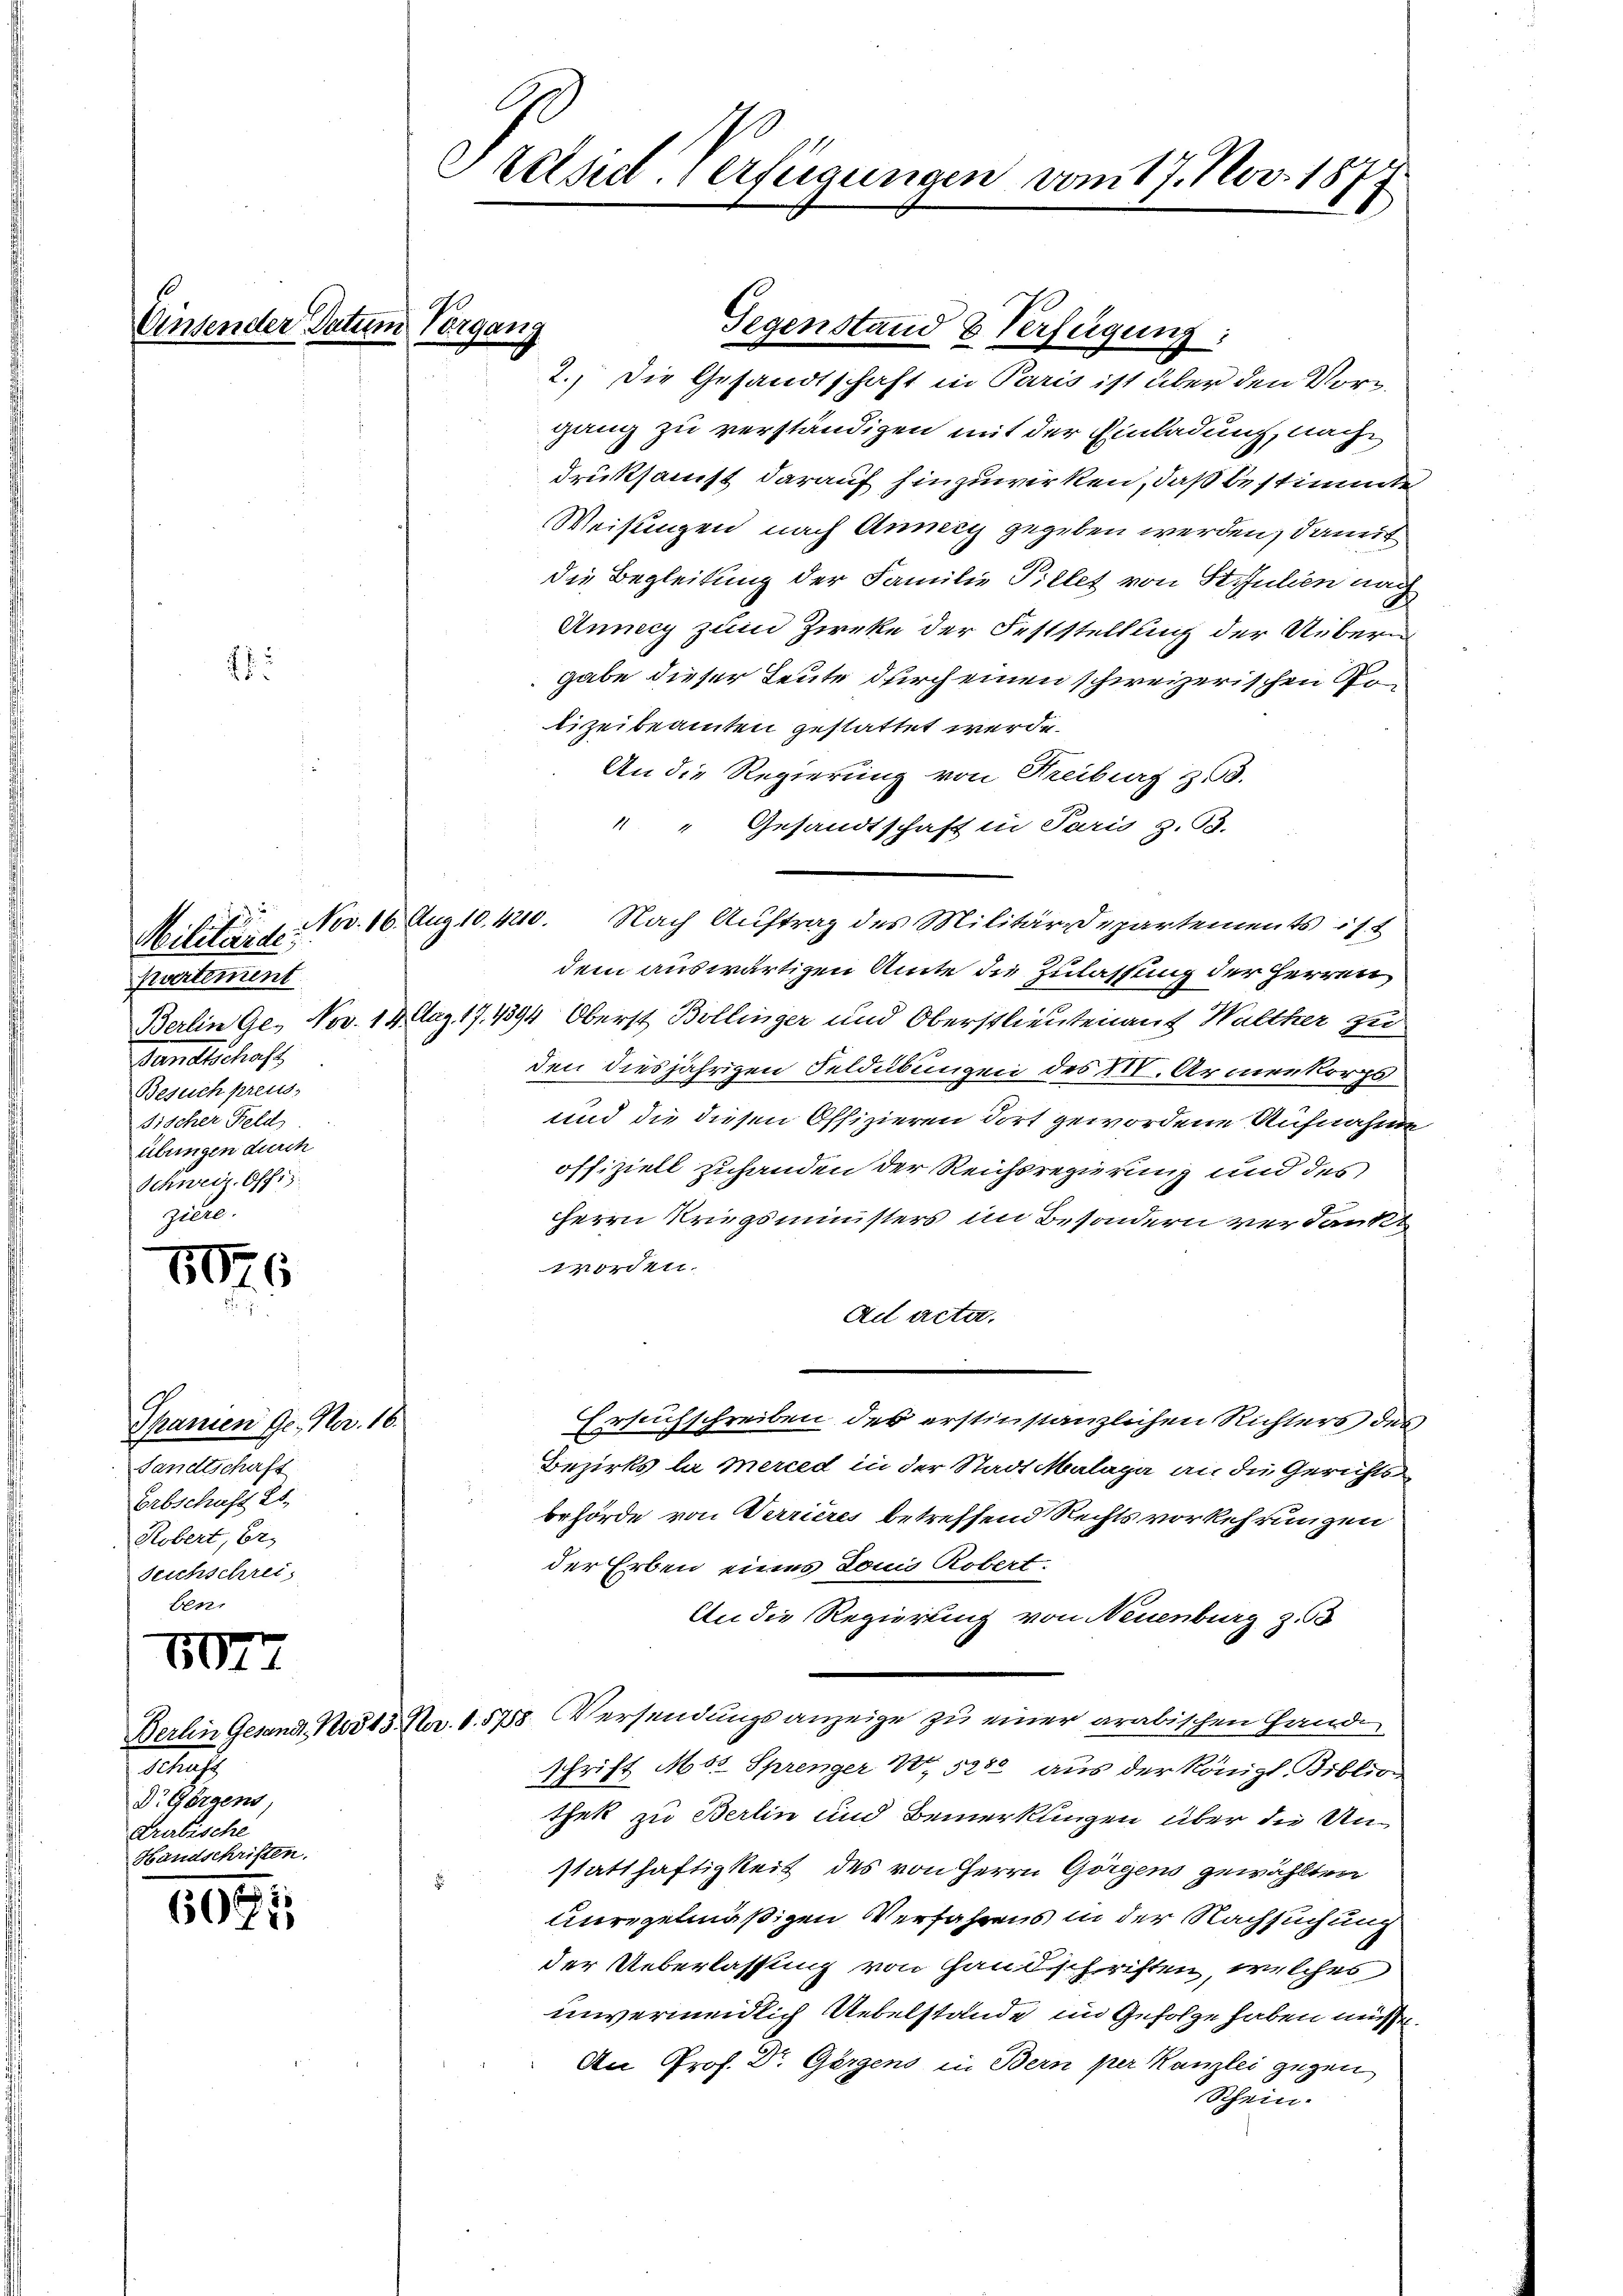
Einsender So

:

Kartement
Gandtschaf
Besuch preus,
Fischer Feld
übungen durch
Schweiz. Offiz
giete.

1076

Spanien Ge- No. 16.
Sandtschaft
Erbschaft 26.
Kobert, Er
Seichschrei
ben.

8077

M
Dr. Horgens,
Drabische
Handschriften.

6081

Sräsid. Verfügungen vom 17. Nov. 187

2.) Die Gesandtschaft in Paris ist über den Vor-
gang zu verständigen mit der Einladung, nach
druksamst darauf hinzuwirken, daß bestimmte
Weisungen nach Anneig gegeben werden, damit
die Begleitung der Familie Pillet von St. Julien nach
Annecy zum Zirke der Feststellung der Uebern
gabe dieser Leute durch einen schweizerischen Gelizeibeamten gestattet werde.
An die Regierung von Kreiburg zu.
 " Gesandtschaft in Paris z. B.
Militärs. Nov. 16. Aug. 10. 420. Nach Auftrag des Militärdepartements ist
dem auswärtigen Amte die Zulassung der Herren
Berlin Ge- Nov. 14. Mag. 17. 1394, Oberst Bollinger und Oberstlieutenant Walther zu
den diesjährigen Feldübungen des I. Armenkorps
und die diesen Offizieren dort gewordene Aufnahme
offiziell zuhanden der Reichsregierung und des
HHerrn Kriegsministers im Besondern verdankt
Morden.
Ad acta.
Ersuchschreiben des erstinstanzlichen Richters des
Bezirks la merced in der Stadt Malapa an die Gerichts
behörde von Verrieres betreffend Rechts vorkehrungen
der Erben eines Louis Robert:
An die Regierung von Neuenburg z. 3
Berlin Gesandt No 13. No. 1. 5758. Versendungsanzeige zu einer arabischen Hand¬
Schrift Mit Sprenger 4. 5280 aus der Königl. Biblion
thek zu Berlin und Bemerkungen über die Unstatthaftigkeit des von Herrn Gorgens gewählten
unregelmäßigen Verfahrens in der Nachsuchung
der Ueberlassung von Handschriften, welches
unvermeidlich Uebelstande im Gefolge haben müsse.
An Prof. Dr. Gergens in Bern per Kanzlei gegen
Schein.

) Vergang

Gegenstand & Verfügung: